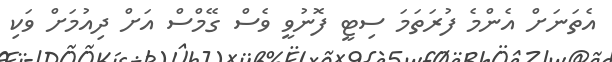
އެތަނަށް އެންމެ ފުރަތަމަ ސިޓީ ފޮނުވީ ވެސް ގޭމްސް އަށް ދިއުމަށް ވަކި